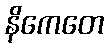
နိကေတေ